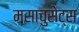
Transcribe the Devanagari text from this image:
मसाचुसेट्स